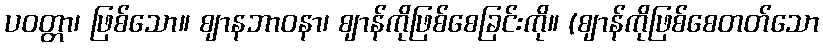
ပဝတ္တာ၊ ဖြစ်သော။ ဈာနဘာဝနာ၊ ဈာန်ကိုဖြစ်စေခြင်းကို။ (ဈာန်ကိုဖြစ်စေတတ်သော